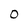
Character: 0